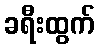
ခရီးထွက်